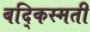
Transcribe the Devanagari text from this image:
बद्किस्मती